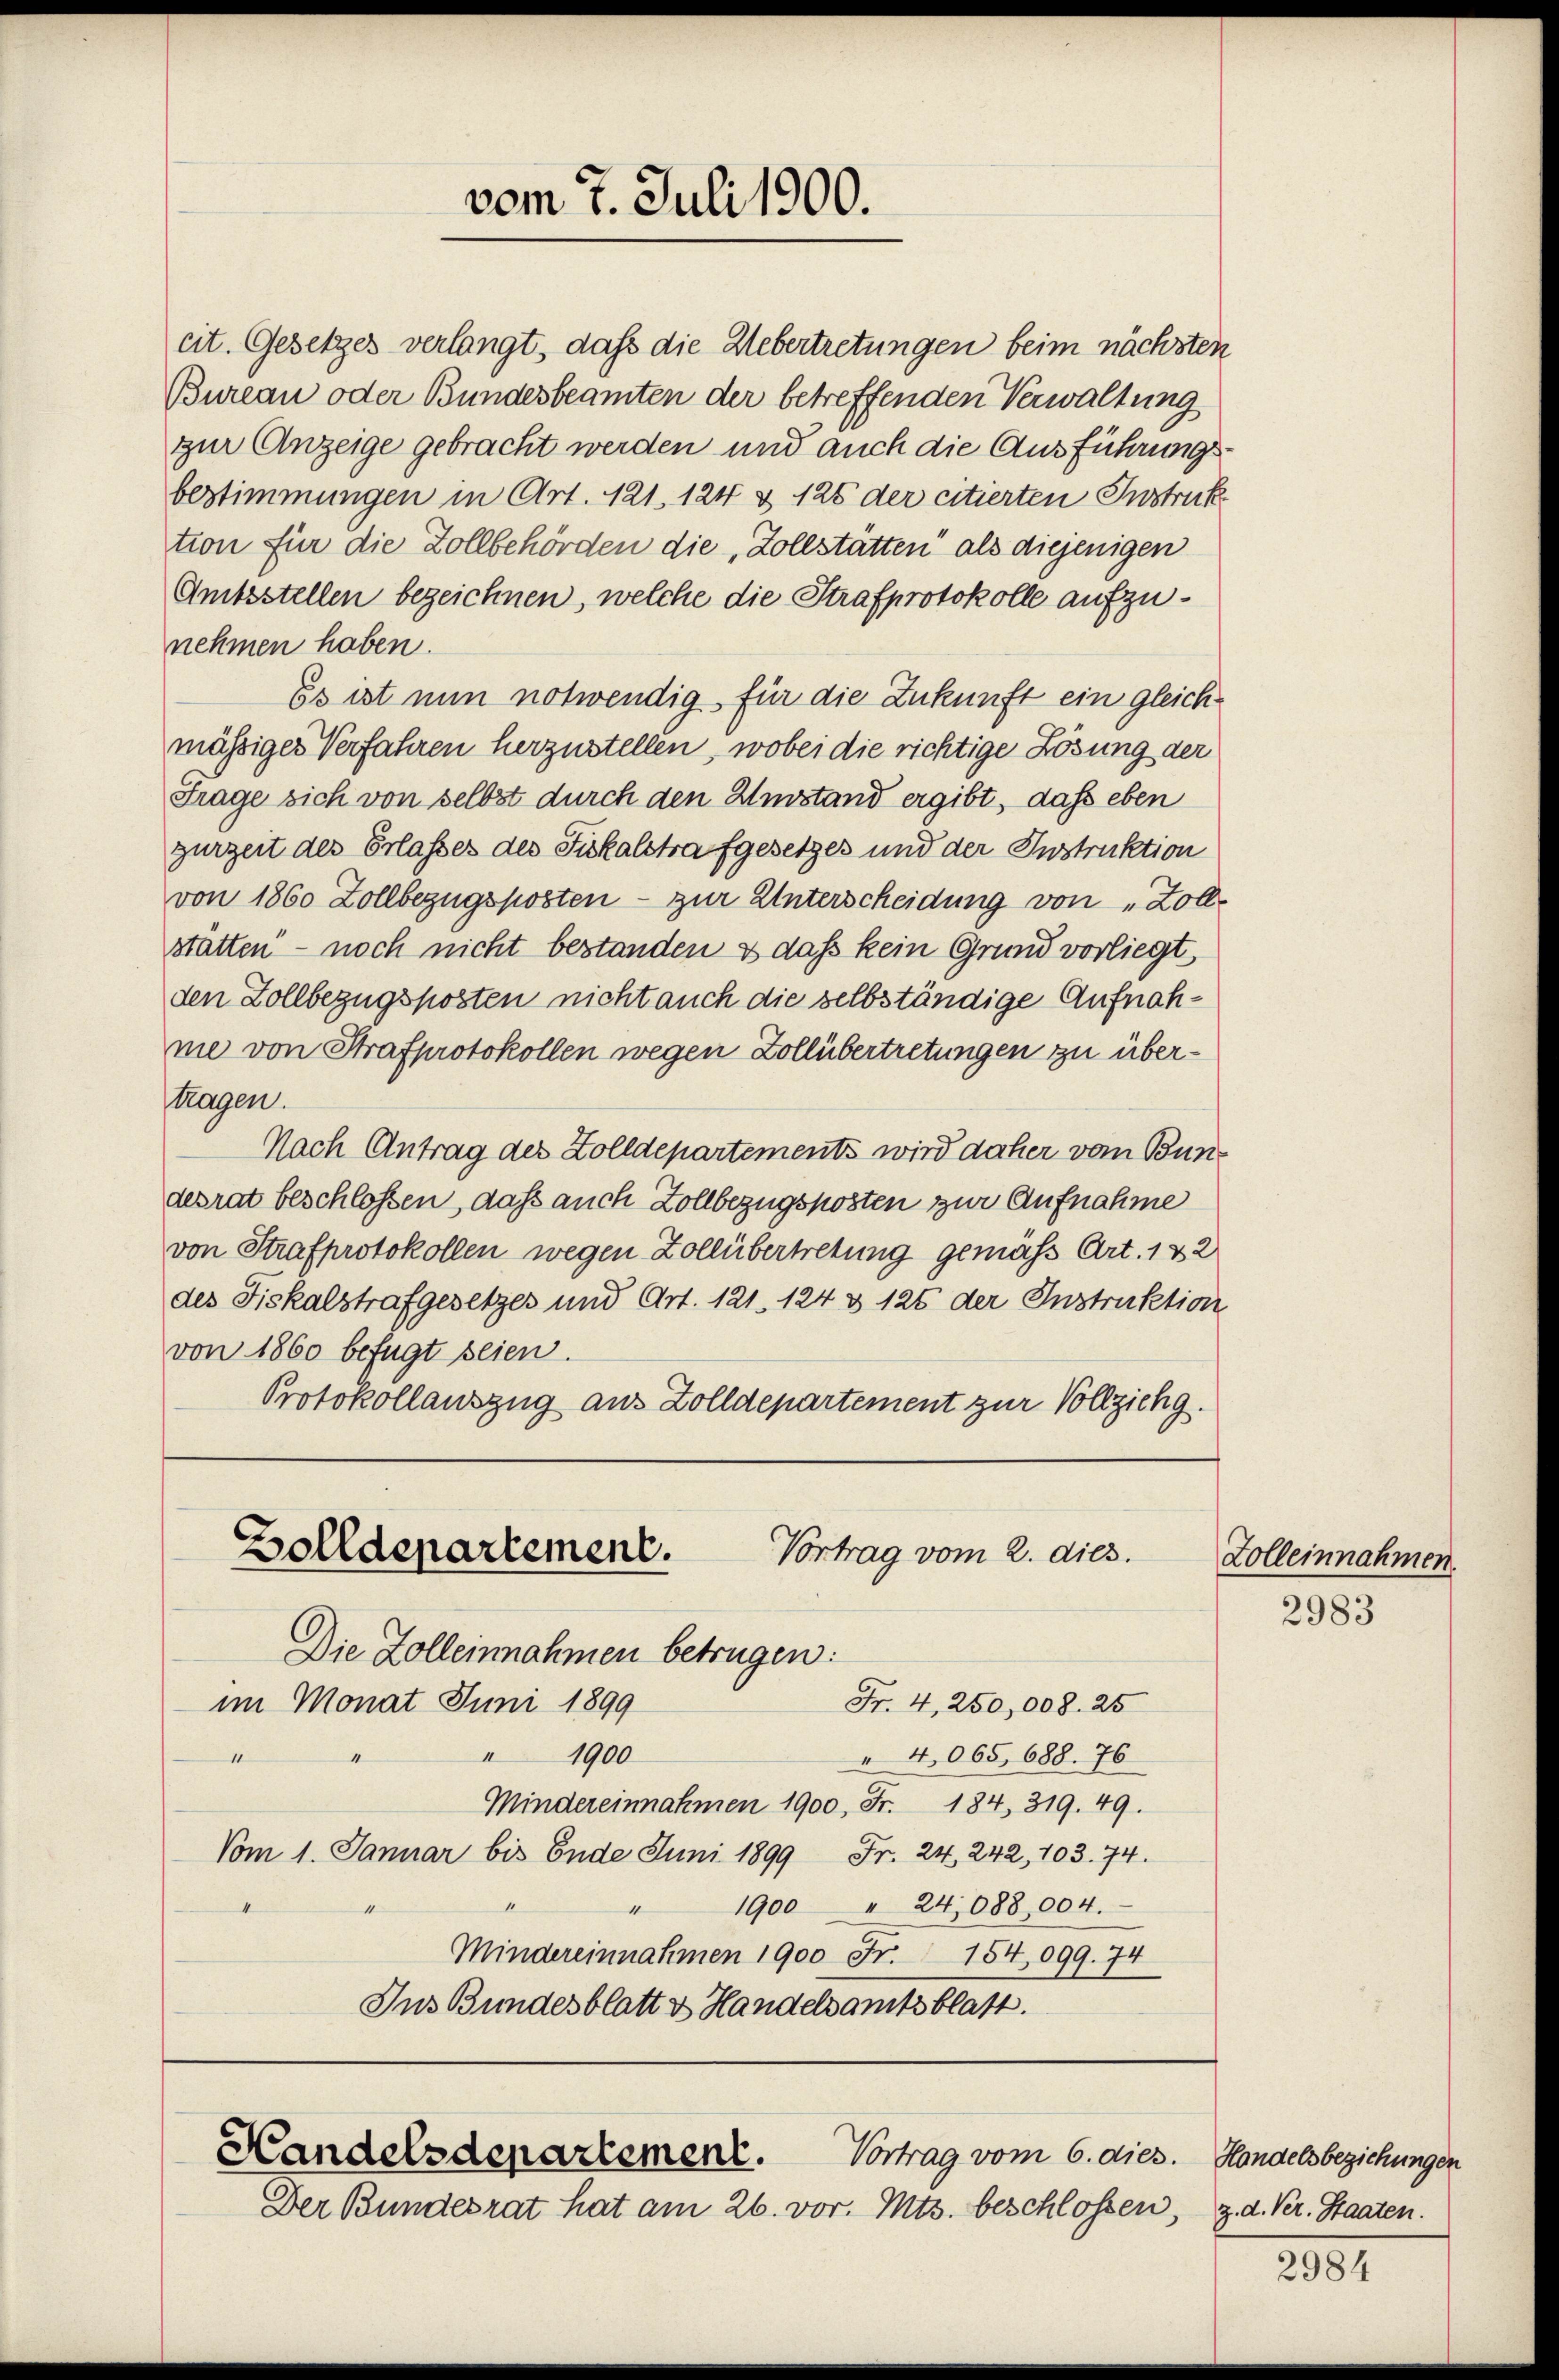
vom 7. Juli 1900.

cit. Gesetzes verlangt, daß die Uebertretungen beim nächsten
Bureau oder Bundesbeamten der betreffenden Verwaltung
zur Anzeige gebracht werden und auch die Ausführungsbestimmungen in Art. 121. 124 & 126 der citierten Instruk
tion für die Zollbehörden die Zollstätten“ als diejenigen
Amtsstellen bezeichnen, welche die Strafprotokolle aufzunehmen haben.
Es ist nun notwendig für die Zukunft ein gleich-
mässiges Verfahren herzustellen, wobei die richtige Lösung der
Frage sich von selbst durch den Umstand ergibt, dass eben
gurzeit des Erlasses des Fiskalstrafgesetzes und der Instruktion
von 1860 Zollbezugskosten - zur Unterscheidung von „Zoll-
statten – noch nicht bestanden & dass kein Grund vorliegt
den Zollbezugskosten nicht auch die selbständige Aufnahme von Strafprotokollen wegen Zollübertretungen zu über¬
Kragen.
Nach Antrag des Zolldepartements wird daher vom Bundesrat beschlossen, daß auch Zollbezugskosten zur Aufnahme
von Strafprotokollen wegen Zollübertretung gemäß Art. 132
des Fiskalstrafgesetzes und Art. 121. 124 & 125 der Instruktion
von 1860 befugt seien.
Protokollauszug aus Zolldepartement zur Vollziehg.

Fr. 4, 250,008. 25
im Monat Juni 1899
1900
 4065. 688. 76
1
Mindereinnahmen 1900. Fr. 184, 319. 49.
Vom 1. Januar bis Ende Juni 1899 Fr. 24, 242, 103. 74.
1900 " 24,088, 004.
4
k
Mindereinnahmen 1900 Fr. 154,099. 74
Ins Bundesblatt v. Handelsamtsblatt.

Zolldepartement.
Vortrag vom 2. dies.
Die Zolleinnahmen betrügen:

Handelsdepartement.
Vortrag vom 6. dies. Hondelsbeziehungen

Der Bundesrat hat am 26. vor. Mts. beschlossen.

Zolleinnahmen.

2983

g. d. Ver. Staaten.

2984